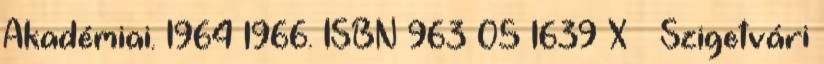
Akadémiai. 1964–1966. ISBN 963 05 1639 X ↑ Szigetvári